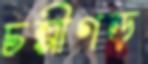
চল্পীগড়